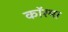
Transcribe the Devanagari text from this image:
कॉरमा